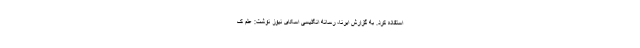
استفاده کرد. به گزارش ایرنا، رسانه انگلیسی اسکای نیوز نوشت: علم ک